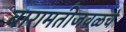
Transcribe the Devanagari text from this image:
बारामतीजवळचे